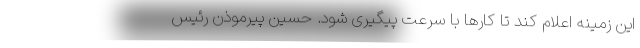
این زمینه اعلام کند تا کارها با سرعت پیگیری شود. حسین پیرموذن رئیس